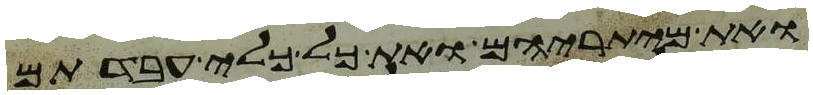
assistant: ואת מיתריהם ואת כל כלי עבדתם